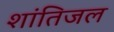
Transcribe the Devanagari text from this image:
शांतिजल